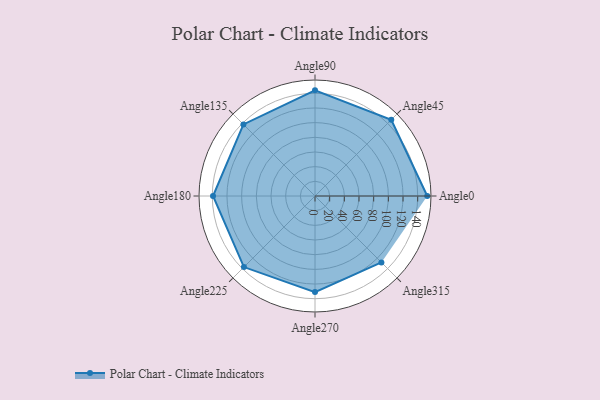
{"axis": {"x": "Angle", "y": "Radius"}, "legend": [""], "data": [{"x": "Angle0", "y": 153.0, "type": ""}, {"x": "Angle45", "y": 147.0, "type": ""}, {"x": "Angle90", "y": 144.0, "type": ""}, {"x": "Angle135", "y": 138.0, "type": ""}, {"x": "Angle180", "y": 139.0, "type": ""}, {"x": "Angle225", "y": 137.0, "type": ""}, {"x": "Angle270", "y": 131.0, "type": ""}, {"x": "Angle315", "y": 128.0, "type": ""}]}